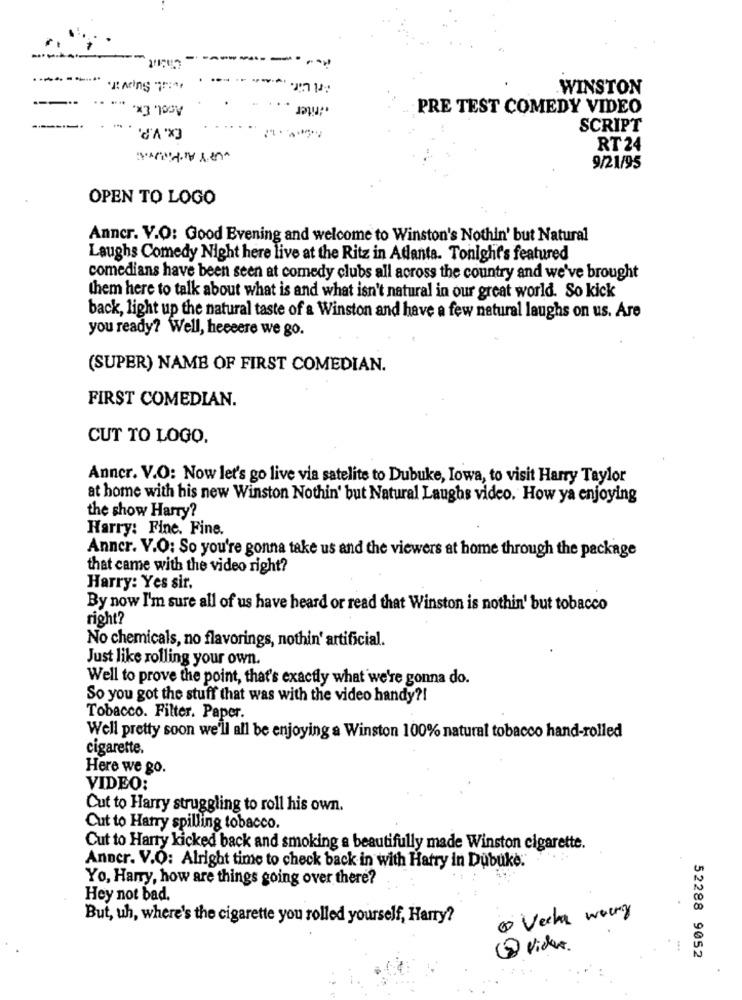
.----------
weist. Supvir.
.....
WINSTON
Acol. Ex.
.inter .
. ..
PRE TEST COMEDY VIDEO
Ex. V.P.
SCRIPT
RT24
9/21/95
OPEN TO LOGO
Anncr. V.O: Good Evening and welcome to Winston's Nothin' but Natural
Laughs Comedy Night here live at the Ritz in Atlanta. Tonight's featured
comedians have been seen at comedy clubs all across the country and we've brought
them here to talk about what is and what isn't natural in our great world. So kick
back, light up the natural taste of a Winston and have a few natural laughs on us. Are
you ready? Well, heeeere we go.
(SUPER) NAME OF FIRST COMEDIAN.
FIRST COMEDIAN.
CUT TO LOGO.
Anncr. V.O: Now let's go live via satelite to Dubuke, Iowa, to visit Harry Taylor
at home with his new Winston Nothin' but Natural Laughs video. How ya enjoying
the show Harry?
Harry: Fine. Fine.
Anncr. V.O: So you're gonna take us and the viewers at home through the package
that came with the video right?
Harry: Yes sir.
By now I'm sure all of us have heard or read that Winston is nothin' but tobacco
right?
No chemicals, no flavorings, nothin' artificial.
Just like rolling your own
Well to prove the point, that's exactly what we're gonna do.
So you got the stuff that was with the video handy ?!
Tobacco. Filter. Paper.
Well pretty soon we'll all be enjoying a Winston 100% natural tobacco hand-rolled
cigarette.
Here we go.
VIDEO:
Cut to Harry struggling to roll his own.
Cut to Harry spilling tobacco.
Cut to Harry kicked back and smoking a beautifully made Winston cigarette.
Anncr. V.O: Alright time to check back in with Hatry in Dubuke:
Yo, Harry, how are things going over there?
Hey not bad.
But, uh, where's the cigarette you rolled yourself, Harry?
vecka worry
@ video.
52288 9052